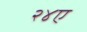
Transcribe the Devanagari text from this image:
२४ए